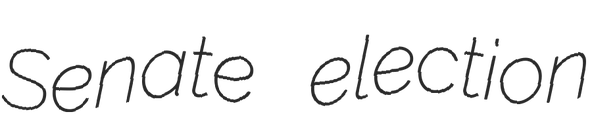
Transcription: Senate election